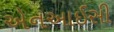
એનઆઈસી